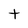
Character: t